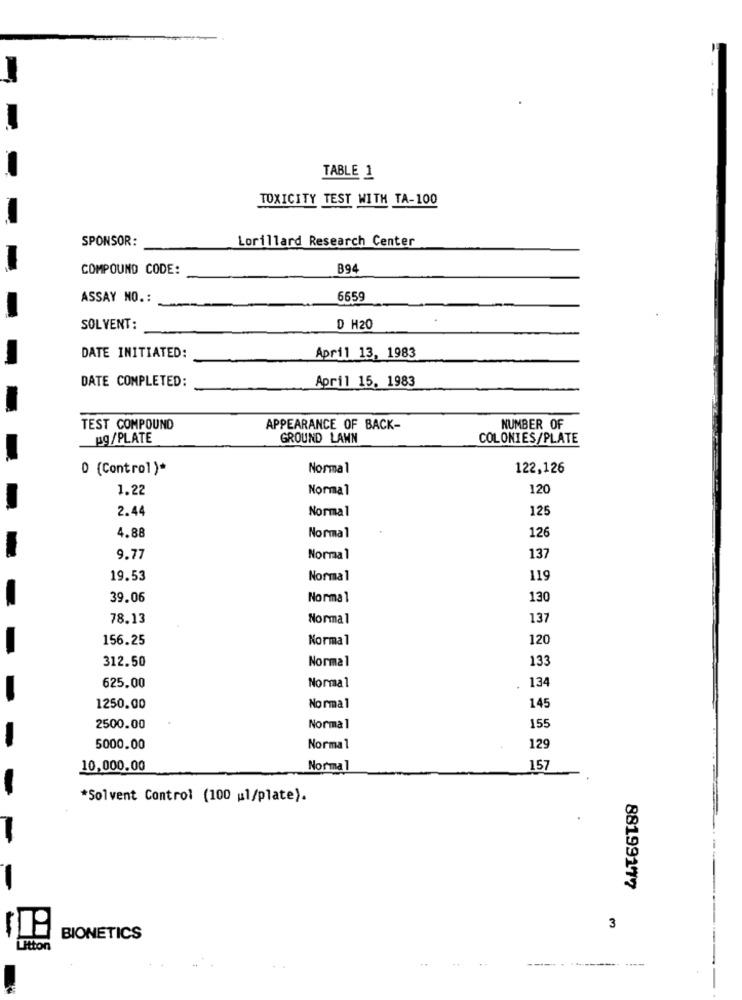
TABLE 1
TOXICITY TEST WITH TA-100
SPONSOR:
Lorillard Research Center
COMPOUND CODE:
B94
ASSAY NO. :
6659
-
SOLVENT:
D H20
DATE INITIATED:
April 13, 1983
DATE COMPLETED:
April 15. 1983
TEST COMPOUND
APPEARANCE OF BACK-
NUMBER OF
pg /PLATE
GROUND LAWN
COLONIES/PLATE
0 (Control)*
Normal
122,126
1.22
Normal
120
Normal
125
2.44
4.88
Normal
126
9.77
Normal
137
19.53
Normal
119
39.06
Normal
130
78.13
Normal
137
156.25
Normal
120
312.50
Normal
133
Normal
134
625.00
1250.00
Normal
145
2500.00
Normal
155
5000.00
Normal
129
10,000.00
Normal
157
*Solvent Control (100 ul/plate).
-
88199177
3
BIONETICS
Litton